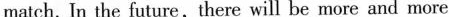
match. In the future,there will be more and more